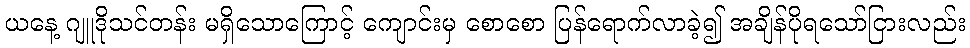
ယနေ့ ဂျူဒိုသင်တန်း မရှိသောကြောင့် ကျောင်းမှ စောစော ပြန်ရောက်လာခဲ့၍ အချိန်ပိုရသော်ငြားလည်း